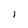
Character: I